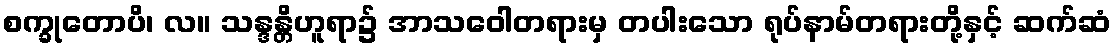
စက္ခုတောပိ၊ လ။ သန္ဒန္တိဟူရာ၌ အာသဝေါတရားမှ တပါးသော ရုပ်နာမ်တရားတို့နှင့် ဆက်ဆံ